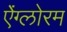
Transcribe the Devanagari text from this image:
ऐंग्लोरम